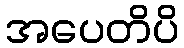
အပေတိပိ